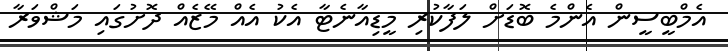
އެމްބީސީން އެންމެ ބޮޑަށް ލަފާކުރި މީޑިއާނެޓާ އެކު އެއް މޭޒެއް ދޮށުގައި މަޝްވަރާ